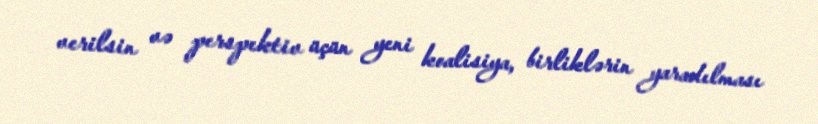
verilsin və perspektiv üçün yeni koalisiya, birliklərin yaradılması